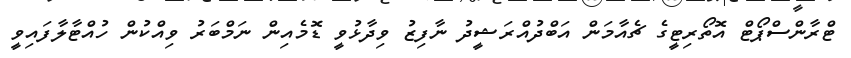
ޓްރާންސްޕޯޓް އޮތޯރިޓީގެ ޗެއާމަން އަބްދުއްރަޝީދު ނާފިޒު ވިދާޅުވީ ޑޮމެއިން ނަމްބަރު ވިއްކުން ހުއްޓާލާފައިވީ